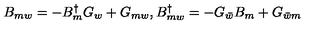
B _ { m w } = - B _ { m } ^ { \dagger } G _ { w } + G _ { m w } , B _ { m w } ^ { \dagger } = - G _ { \bar { w } } B _ { m } + G _ { \bar { w } m }